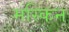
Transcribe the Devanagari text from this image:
मस्किन